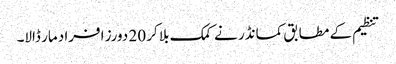
تنظیم کے مطابق کمانڈر نے کمک بلا کر 20 دورز افراد مار ڈالا۔